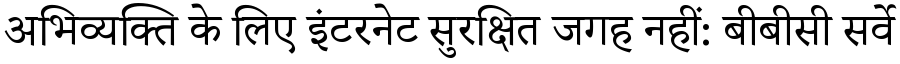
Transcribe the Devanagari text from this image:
अभिव्यक्ति के लिए इंटरनेट सुरक्षित जगह नहीं: बीबीसी सर्वे